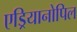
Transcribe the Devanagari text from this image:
एड्रियानोपिल